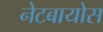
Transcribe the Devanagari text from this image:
नेटबायोस